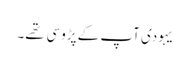
یہودی آپ کے پڑوسی تهے۔